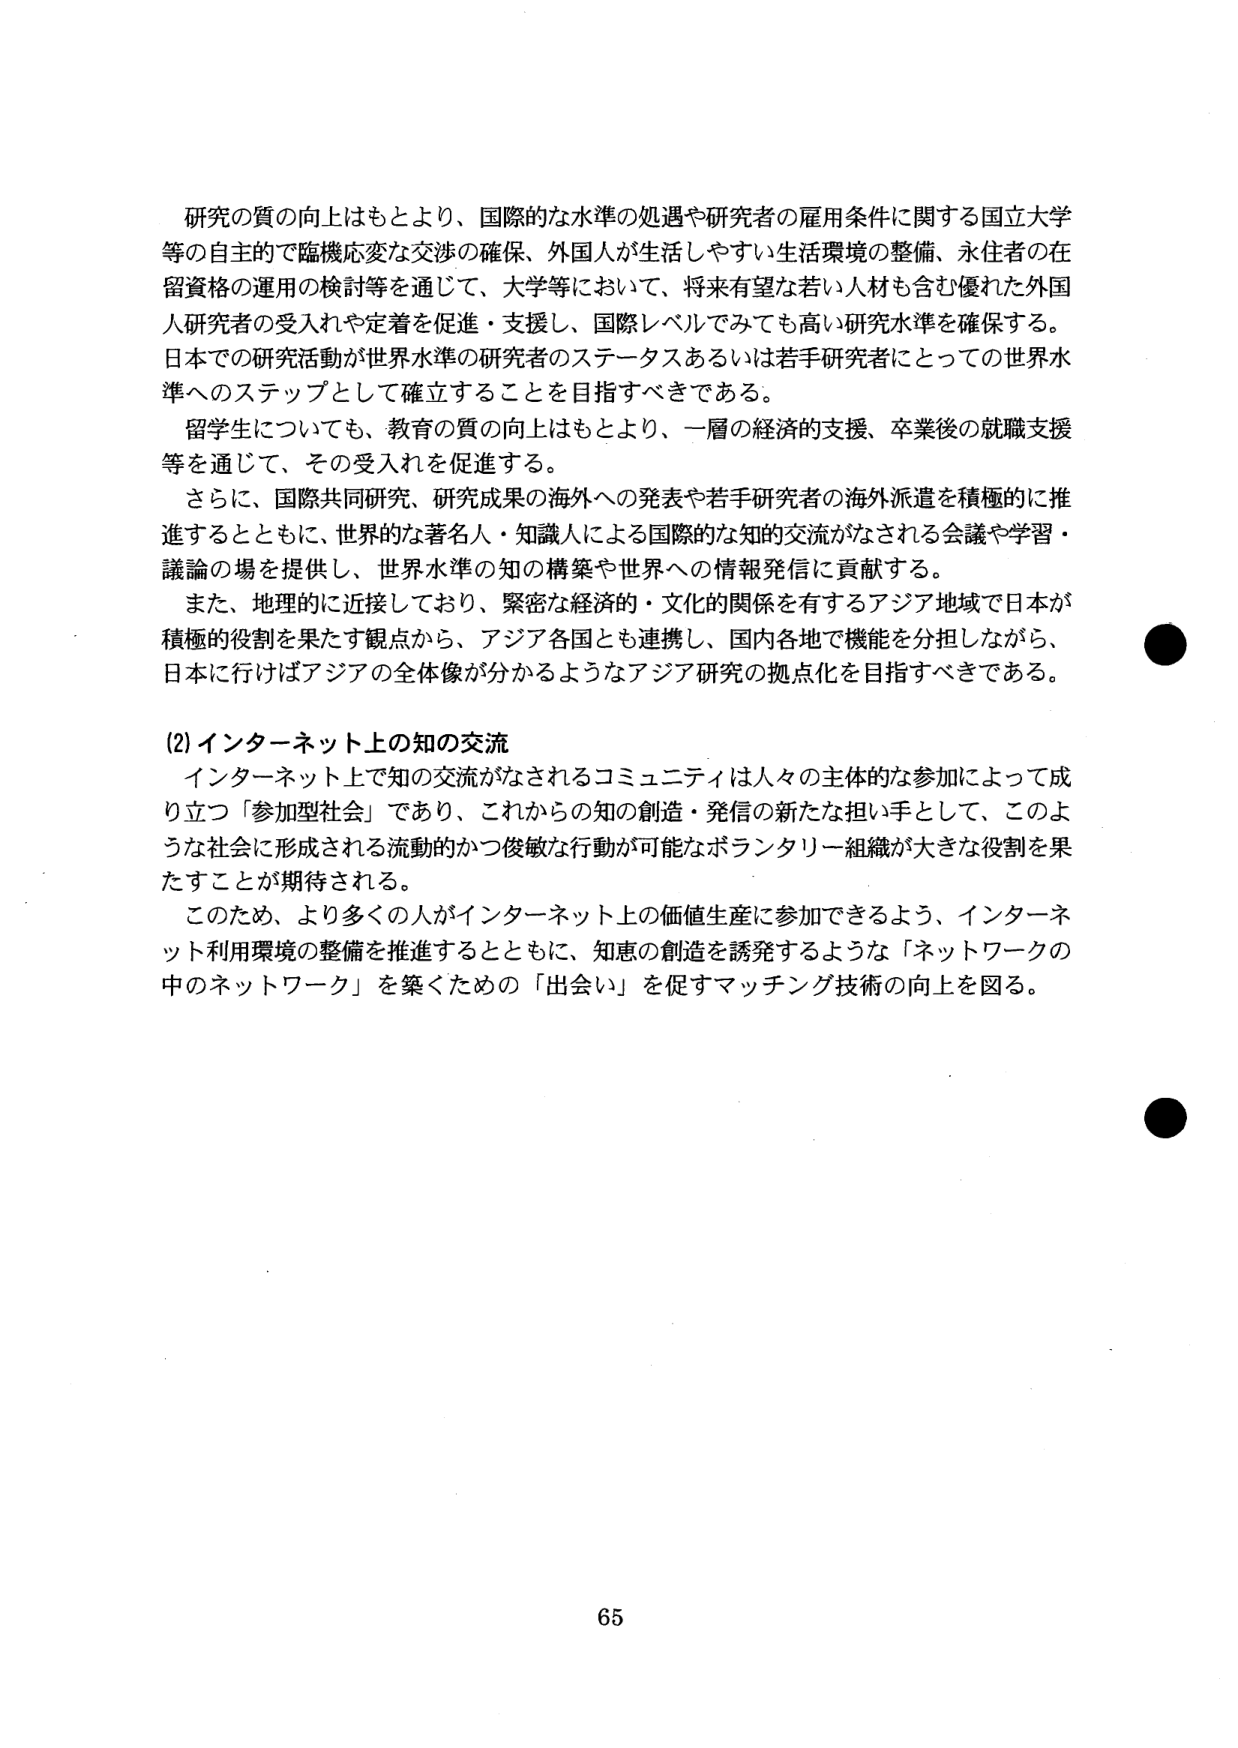
研究の質の向上はもとより、国際的な水準の処遇や研究者の雇用条件に関する国立大学等の自主的で臨機応変な交渉の確保、外国人が生活しやすい生活環境の整備、永住者の在留資格の運用の検討等を通じて、大学等において、将来有望な若い人材も含む優れた外国人研究者の受入れや定着を促進・支援し、国際レベルでみても高い研究水準を確保する。日本での研究活動が世界水準の研究者のステータスあるいは若手研究者にとっての世界水準へのステップとして確立することを目指すべきである。

留学生についても、教育の質の向上はもとより、一層の経済的支援、卒業後の就職支援等を通じて、その受入れを促進する。

さらに、国際共同研究、研究成果の海外への発表や若手研究者の海外派遣を積極的に推進するとともに、世界的な著名人・知識人による国際的な知的交流がなされる会議や学習・議論の場を提供し、世界水準の知の構築や世界への情報発信に貢献する。

また、地理的に近接しており、緊密な経済的・文化的関係を有するアジア地域で日本が積極的役割を果たす観点から、アジア各国とも連携し、国内各地で機能を分担しながら、日本に行けばアジアの全体像が分かるようなアジア研究の拠点化を目指すべきである。

(2) インターネット上の知の交流

インターネット上で知の交流がなされるコミュニティは人々の主体的な参加によって成り立つ「参加型社会」であり、これからの知の創造・発信の新たな担い手として、このような社会に形成される流動的かつ俊敏な行動が可能なボランタリー組織が大きな役割を果たすことが期待される。

このため、より多くの人がインターネット上の価値生産に参加できるよう、インターネット利用環境の整備を推進するとともに、知恵の創造を誘発するような「ネットワークの中のネットワーク」を築くための「出会い」を促すマッチング技術の向上を図る。

65